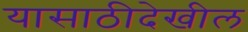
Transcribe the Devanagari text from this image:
यासाठीदेखील